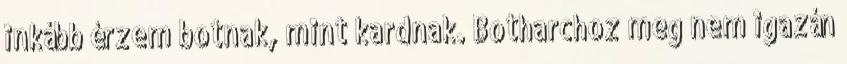
inkább érzem botnak, mint kardnak. Botharchoz meg nem igazán